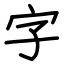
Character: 字